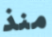
منذ